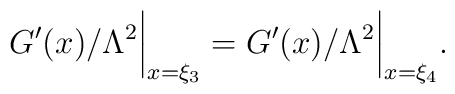
{G'(x)}/{\Lambda^2}\biggr\vert_{x=\xi_3}={G'(x)}/{\Lambda^2}\biggr\vert_{x=\xi_4}.